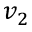
v _ { 2 }